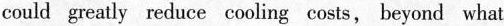
could greatly reduce cooling costs, beyond what